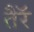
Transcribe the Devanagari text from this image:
तैरॅ